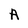
Character: A